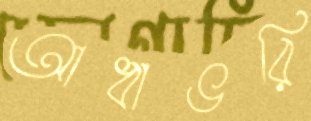
আধাভরি